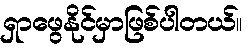
ရှာဖွေနိုင်မှာဖြစ်ပါတယ်။